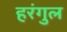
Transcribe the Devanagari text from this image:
हरंगुल